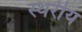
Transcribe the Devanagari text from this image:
स्थरीय